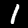
Digit: 1